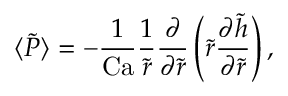
\langle \tilde { P } \rangle = - \frac { 1 } { \mathrm { C a } } \frac { 1 } { \tilde { r } } \frac { \partial } { \partial \tilde { r } } \left( \tilde { r } \frac { \partial \tilde { h } } { \partial \tilde { r } } \right) ,